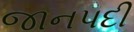
જાનપદી